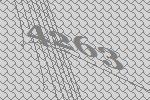
4263